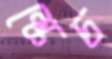
স্কেচ